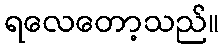
ရလေတော့သည်။